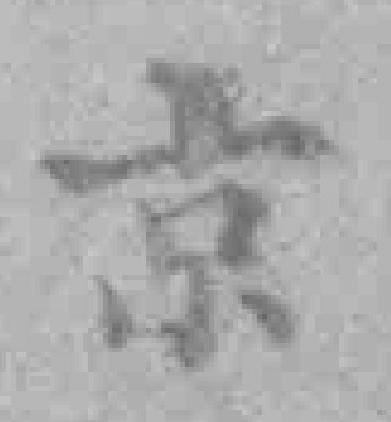
京